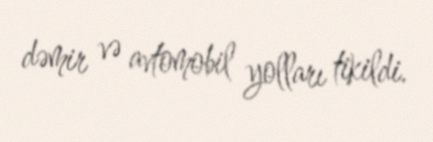
dəmir və avtomobil yolları tikildi.